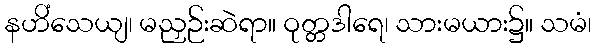
နဟိံသေယျ၊ မညှဉ်းဆဲရာ။ ဝုတ္တဒါရေ၊ သားမယား၌။ သမံ၊